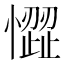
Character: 𢡉